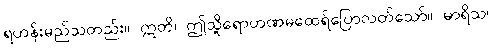
ရဟန်းမည်သတည်း။ ဣတိ၊ ဤသို့ရောဟဏမထေရ်ပြောလတ်သော်။ မာရိသ၊